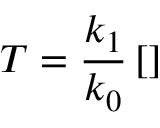
T = \frac { k _ { 1 } } { k _ { 0 } } \left[ \right]